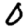
Digit: 0